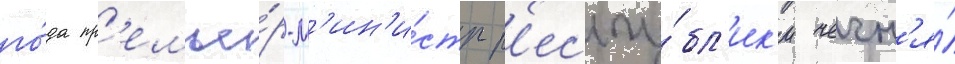
го́да пр'емье́р-м'ин'и́стр р'еспу́бл'ик'и чечн'я́